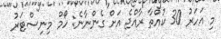
މި އަހަރު 30 ކުއްތާ ރާއްޖެ އަށް ގެންނާނެ: ހޯމް މިނިސްޓަރު